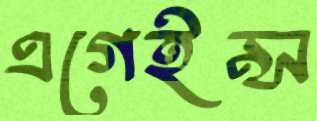
এগেইন্স